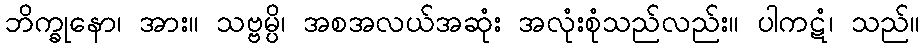
ဘိက္ခုနော၊ အား။ သဗ္ဗမ္ပိ၊ အစအလယ်အဆုံး အလုံးစုံသည်လည်း။ ပါကဋံ၊ သည်။